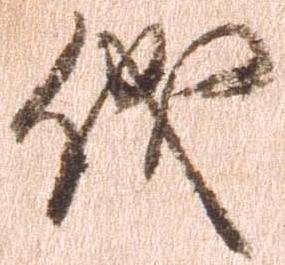
儀